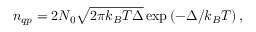
n _ { q p } = 2 N _ { 0 } \sqrt { 2 \pi k _ { B } T \Delta } \exp \left( - \Delta / k _ { B } T \right) ,